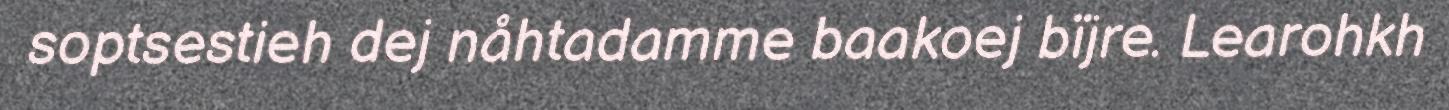
soptsestieh dej nåhtadamme baakoej bïjre. Learohkh